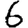
Digit: 6